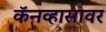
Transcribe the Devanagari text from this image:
कॅनव्हासावर